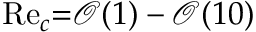
\mathrm { R e } _ { c } { = } \mathcal { O } ( 1 ) - \mathcal { O } ( 1 0 )